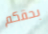
بحقكم